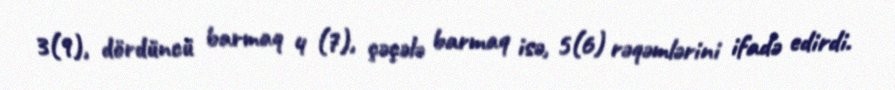
3(9), dördüncü barmaq 4 (7), çəçələ barmaq isə, 5(6) rəqəmlərini ifadə edirdi.